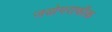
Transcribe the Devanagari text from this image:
जयोगराफीक